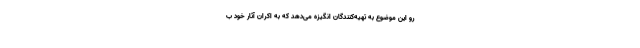
رو این موضوع به تهیه‌کنندگان انگیزه می‌دهد که به اکران آثار خود ب